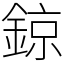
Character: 鍄